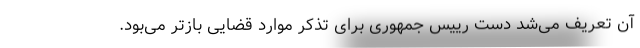
آن تعریف می‌شد دست رییس جمهوری برای تذکر موارد قضایی بازتر می‌بود.